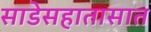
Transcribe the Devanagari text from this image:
साडेसहातासात